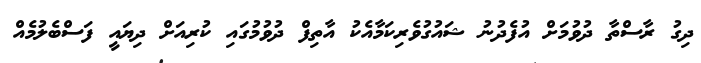
ދިގު ރާސްތާ ދުވުމަށް އުފެދުނު ޝައުގުވެރިކަމާއެކު އާތިފް ދުވުމުގައި ކުރިއަށް ދިޔައީ ފަސްބެލުމެއް